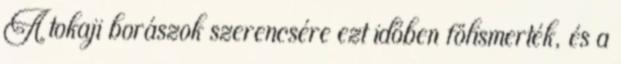
A tokaji borászok szerencsére ezt időben fölismerték, és a